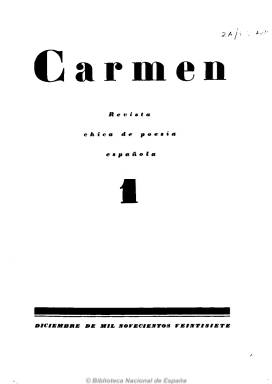
Título: Carmen (Gijón)
Colección: Literatura
Ámbito geográfico: Asturias
Lugar de publicación: Gijón, Asturias
Fechas: 01/12/1927-30/06/1928

Revista creada y dirigida por Gerardo Diego con la colaboración de su alumno Luis Álvarez Piñer, en calidad de secretario, y de Manuel de la Escalera, como depositario. Consta de siete números publicados en Gijón entre 1927 y 1928 en cinco entregas e impresa en Santander en el establecimiento de  Aldus. Tuvo mucha aceptación en el entorno poético de la época, por lo que debió aumentar su tirada ya desde el segundo número. Gerardo Diego incluye en su  fascículo quinto el opúsculo ‘Defensa de la Poesía’ que había escrito en Sevilla en diciembre de 1927 para la presentación del grupo que se llamó después “del  27”. La revista es en realidad una antología de la poesía española de los años veinte donde se publicaron obras de Alberti, García Lorca, Cernuda, Guillén, Salinas, Larrea, Altolaguirre, etc. y, a la vez, una reivindicación de la poesía del Siglo de Oro. Se vendió con el suplemento también de poesía titulado Lola.